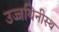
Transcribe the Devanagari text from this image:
उज्जयिनीस्थ